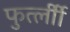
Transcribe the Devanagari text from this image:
फुर्त्लीी